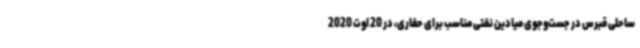
ساحلی قبرس در جست‌وجوی میادین نفتی مناسب برای حفاری، در 20 اوت 2020